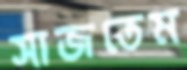
সাজতেম